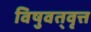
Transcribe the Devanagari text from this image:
विषुवत्‌वृत्त